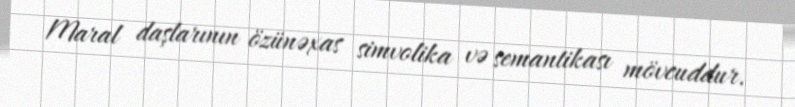
Maral daşlarının özünəxas simvolika və semantikası mövcuddur.